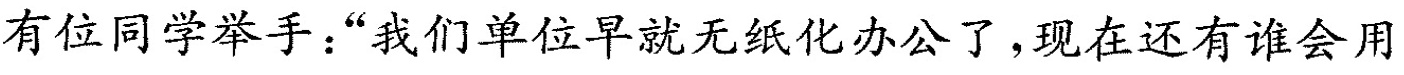
有位同学举手：”我们单位早就无纸化办公了，现在还有谁会用